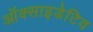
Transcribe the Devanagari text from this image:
ऑक्साइडेटिव